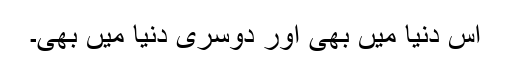
اس دنیا میں بھی اور دوسری دنیا میں بھی۔